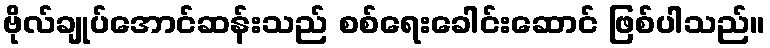
ဗိုလ်ချုပ်အောင်ဆန်းသည် စစ်ရေးခေါင်းဆောင် ဖြစ်ပါသည်။